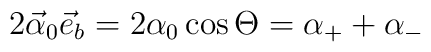
2\vec{\alpha}_{0}\vec{e}_{b}=2\alpha_{0}\cos\Theta=\alpha_{+}+\alpha_{-}